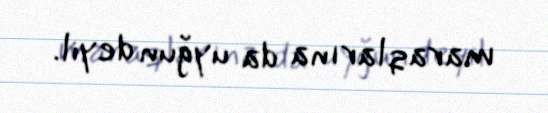
maraqlarına da uyğun deyil.